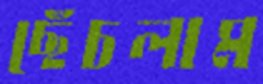
ছেঁচলাম